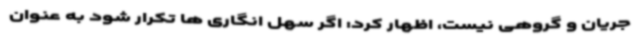
جریان و گروهی نیست، اظهار کرد: اگر سهل انگاری ها تکرار شود به عنوان